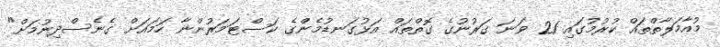
މުއާމަލާތްތައް ކުރުމުގައި 21 ވަނަ ގަރުނުގެ ގޮތްތައް އަޅުގަނޑުމެންގެ ކަސްޓަމަރުންނާ ހަމައަށް ގެނެސްދިނުމަށް"